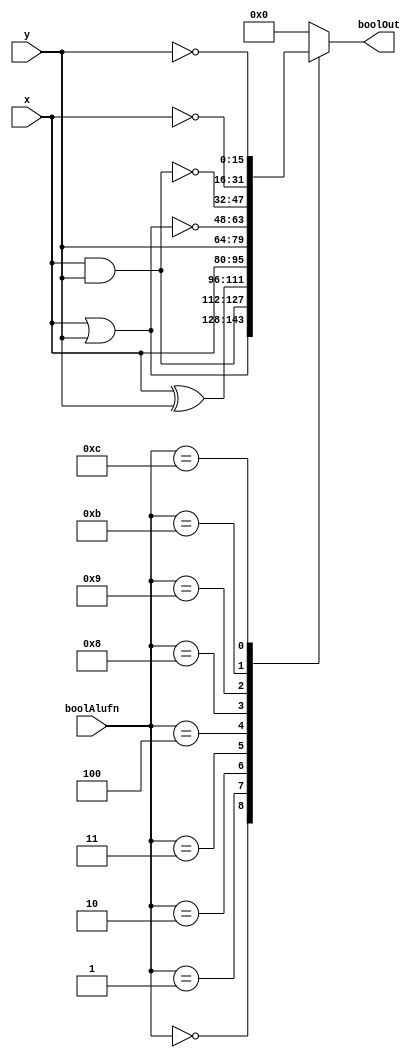
/*
   This file was generated automatically by Alchitry Labs version 1.2.7.
   Do not edit this file directly. Instead edit the original Lucid source.
   This is a temporary file and any changes made to it will be destroyed.
*/

module bool_16_13 (
    input [15:0] x,
    input [15:0] y,
    input [3:0] boolAlufn,
    output reg [15:0] boolOut
  );
  
  
  
  reg [15:0] temp;
  
  always @* begin
    
    case (boolAlufn)
      4'h0: begin
        temp = x | y;
      end
      4'h1: begin
        temp = x & y;
      end
      4'h2: begin
        temp = x ^ y;
      end
      4'h3: begin
        temp = x;
      end
      4'h4: begin
        temp = y;
      end
      4'h8: begin
        temp = ~(x | y);
      end
      4'h9: begin
        temp = ~(x & y);
      end
      4'hb: begin
        temp = ~x;
      end
      4'hc: begin
        temp = ~y;
      end
      default: begin
        temp = 16'h0000;
      end
    endcase
    boolOut = temp;
  end
endmodule